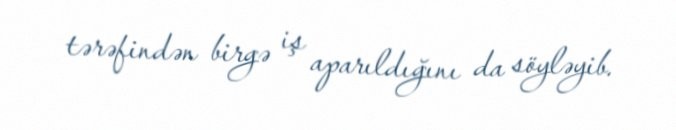
tərəfindən birgə iş aparıldığını da söyləyib.